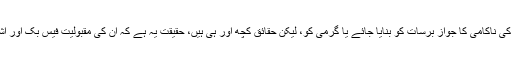
انہوںنے کہا کہ جلسوں کی ناکامی کا جواز برسات کو بنایا جائے یا گرمی کو، لیکن حقائق کچھ اور ہی ہیں، حقیقت یہ ہے کہ ان کی مقبولیت فیس بک اور اشتہاروں تک محدود ہے۔